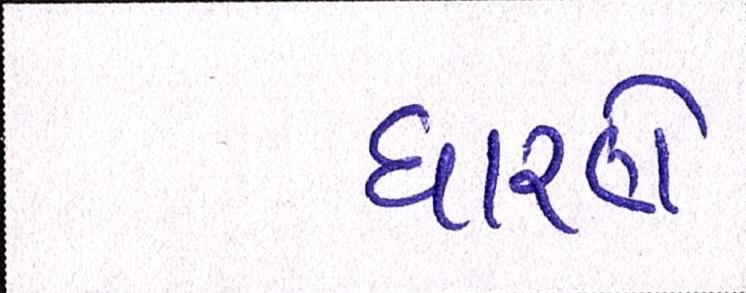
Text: ધારણે